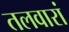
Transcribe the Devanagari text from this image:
तलवारां